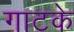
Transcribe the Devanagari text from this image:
गाटके